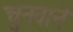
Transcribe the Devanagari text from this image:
चुनवाने